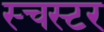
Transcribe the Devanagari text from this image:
स्चस्टर